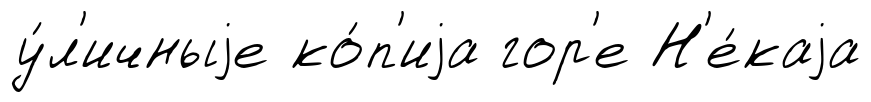
у́л'ичныjе ко́п'иjа гор'е Н'е́каjа